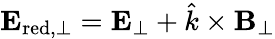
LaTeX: {\mathbf E}_{\mathrm{red,\perp}}={\mathbf E}_{\perp}+\hat{k}\times{\mathbf B}_{\perp}